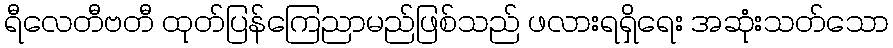
ရီလေတီဗတီ ထုတ်ပြန်ကြေညာမည်ဖြစ်သည် ဖလားရရှိရေး အဆုံးသတ်သော